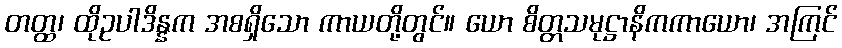
တတ္ထ၊ ထိုဥပါဒိန္နက အစရှိသော ကာယတို့တွင်။ ယော စိတ္တသမုဋ္ဌာနိကကာယော၊ အကြင်